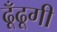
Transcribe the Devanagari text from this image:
ढूँढूगी